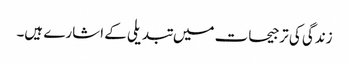
زندگی کی ترجیحات میں تبدیلی کے اشارے ہیں۔